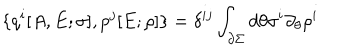
\{ q ^ { i } [ A , E ; \sigma ] , p ^ { j } [ E ; \rho ] \} = \delta ^ { i j } \int _ { \partial \Sigma } d \theta \sigma ^ { i } \partial _ { \theta } \rho ^ { i }